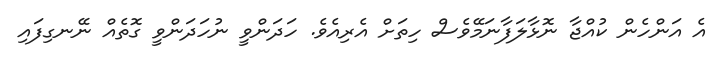
އެ އަންހެން ކުއްޖާ ނޮޅާލަފާނަމޭވެސް ހިތަށް އެރިއެވެ. ހަދަންވީ ނުހަދަންވީ ގޮތެއް ނޭނގިފައި